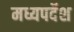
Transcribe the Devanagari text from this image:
मध्यपर्देश